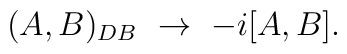
(A,B)_{DB} \  \to \ -i[A,B].